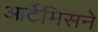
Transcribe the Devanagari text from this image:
आर्टेमिसने